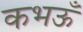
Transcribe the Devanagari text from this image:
कभऊँ